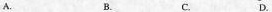
A. B, C. D.